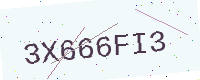
Text: 3X666FI3